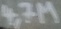
Text: 4,7M